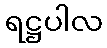
ရဋ္ဌပါလ